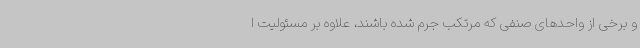
و برخی از واحدهای صنفی که مرتکب جرم شده باشند، علاوه بر مسئولیت ا